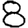
Digit: 8